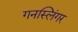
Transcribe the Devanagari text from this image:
गनस्लिंगर